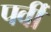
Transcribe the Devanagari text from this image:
पर्वी